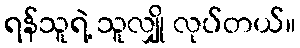
ရန်သူရဲ့ သူလျှို လုပ်တယ်။